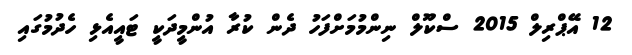
12 އޭޕްރިލް 2015 ސްކޫލް ނިންމުމަށްފަހު ދެން ކުރާ އުންމީދަކީ ޓައީއެޅި ހެދުމުގައި